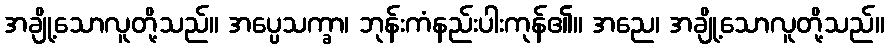
အချို့သောလူတို့သည်။ အပ္ပေသက္ခာ၊ ဘုန်းကံနည်းပါးကုန်၏။ အညေ၊ အချို့သောလူတို့သည်။